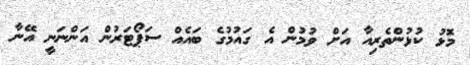
މޮޅު ކުޅުންތެރިއާ އަށް ވުމުން އެ ގައުމުގެ ބައެއް ސަޕޯޓަރުން އަންނަނީ އޭނާ